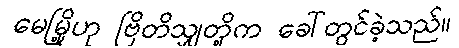
မေမြို့ဟု ဗြိတိသျှတို့က ခေါ်တွင်ခဲ့သည်။